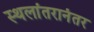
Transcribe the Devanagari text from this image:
स्थलांतरानंतर